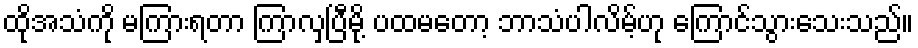
ထိုအသံကို မကြားရတာ ကြာလှပြီမို့ ပထမတော့ ဘာသံပါလိမ့်ဟု ကြောင်သွားသေးသည်။